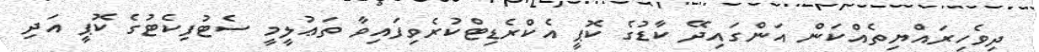
ދިވެހިރައްޔިތެއްކަން އަންގައިދޭ ކާޑުގެ ކޮޕީ އެކްރެޑިޓްކުރެވިފައިވާ ތަޢުލީމީ ސެޓުފިކެޓުގެ ކޮޕީ އަދި